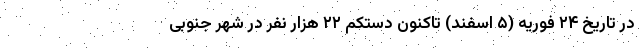
در تاریخ ۲۴ فوریه (۵ اسفند) تاکنون دستکم ۲۲ هزار نفر در شهر جنوبی